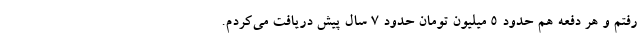
رفتم و هر دفعه هم حدود ۵ میلیون تومان حدود ۷ سال پیش دریافت می‌کردم.